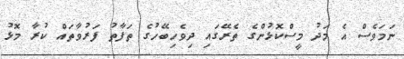
ނަމަވެސް އެ މަދު މީސްކޮޅުންގެ ތެރޭގައި ދިވެހިބޭހުގެ ތަފާތު ފަރުވާތައް ކުރާ މޮޅު